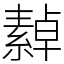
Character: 繛